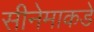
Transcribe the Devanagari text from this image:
सीनेमाकडे